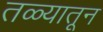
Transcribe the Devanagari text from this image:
तळ्यातून